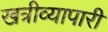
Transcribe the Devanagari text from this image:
खत्रीव्यापारी